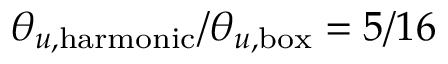
\theta _ { u , \mathrm { h a r m o n i c } } / \theta _ { u , \mathrm { b o x } } = 5 / 1 6